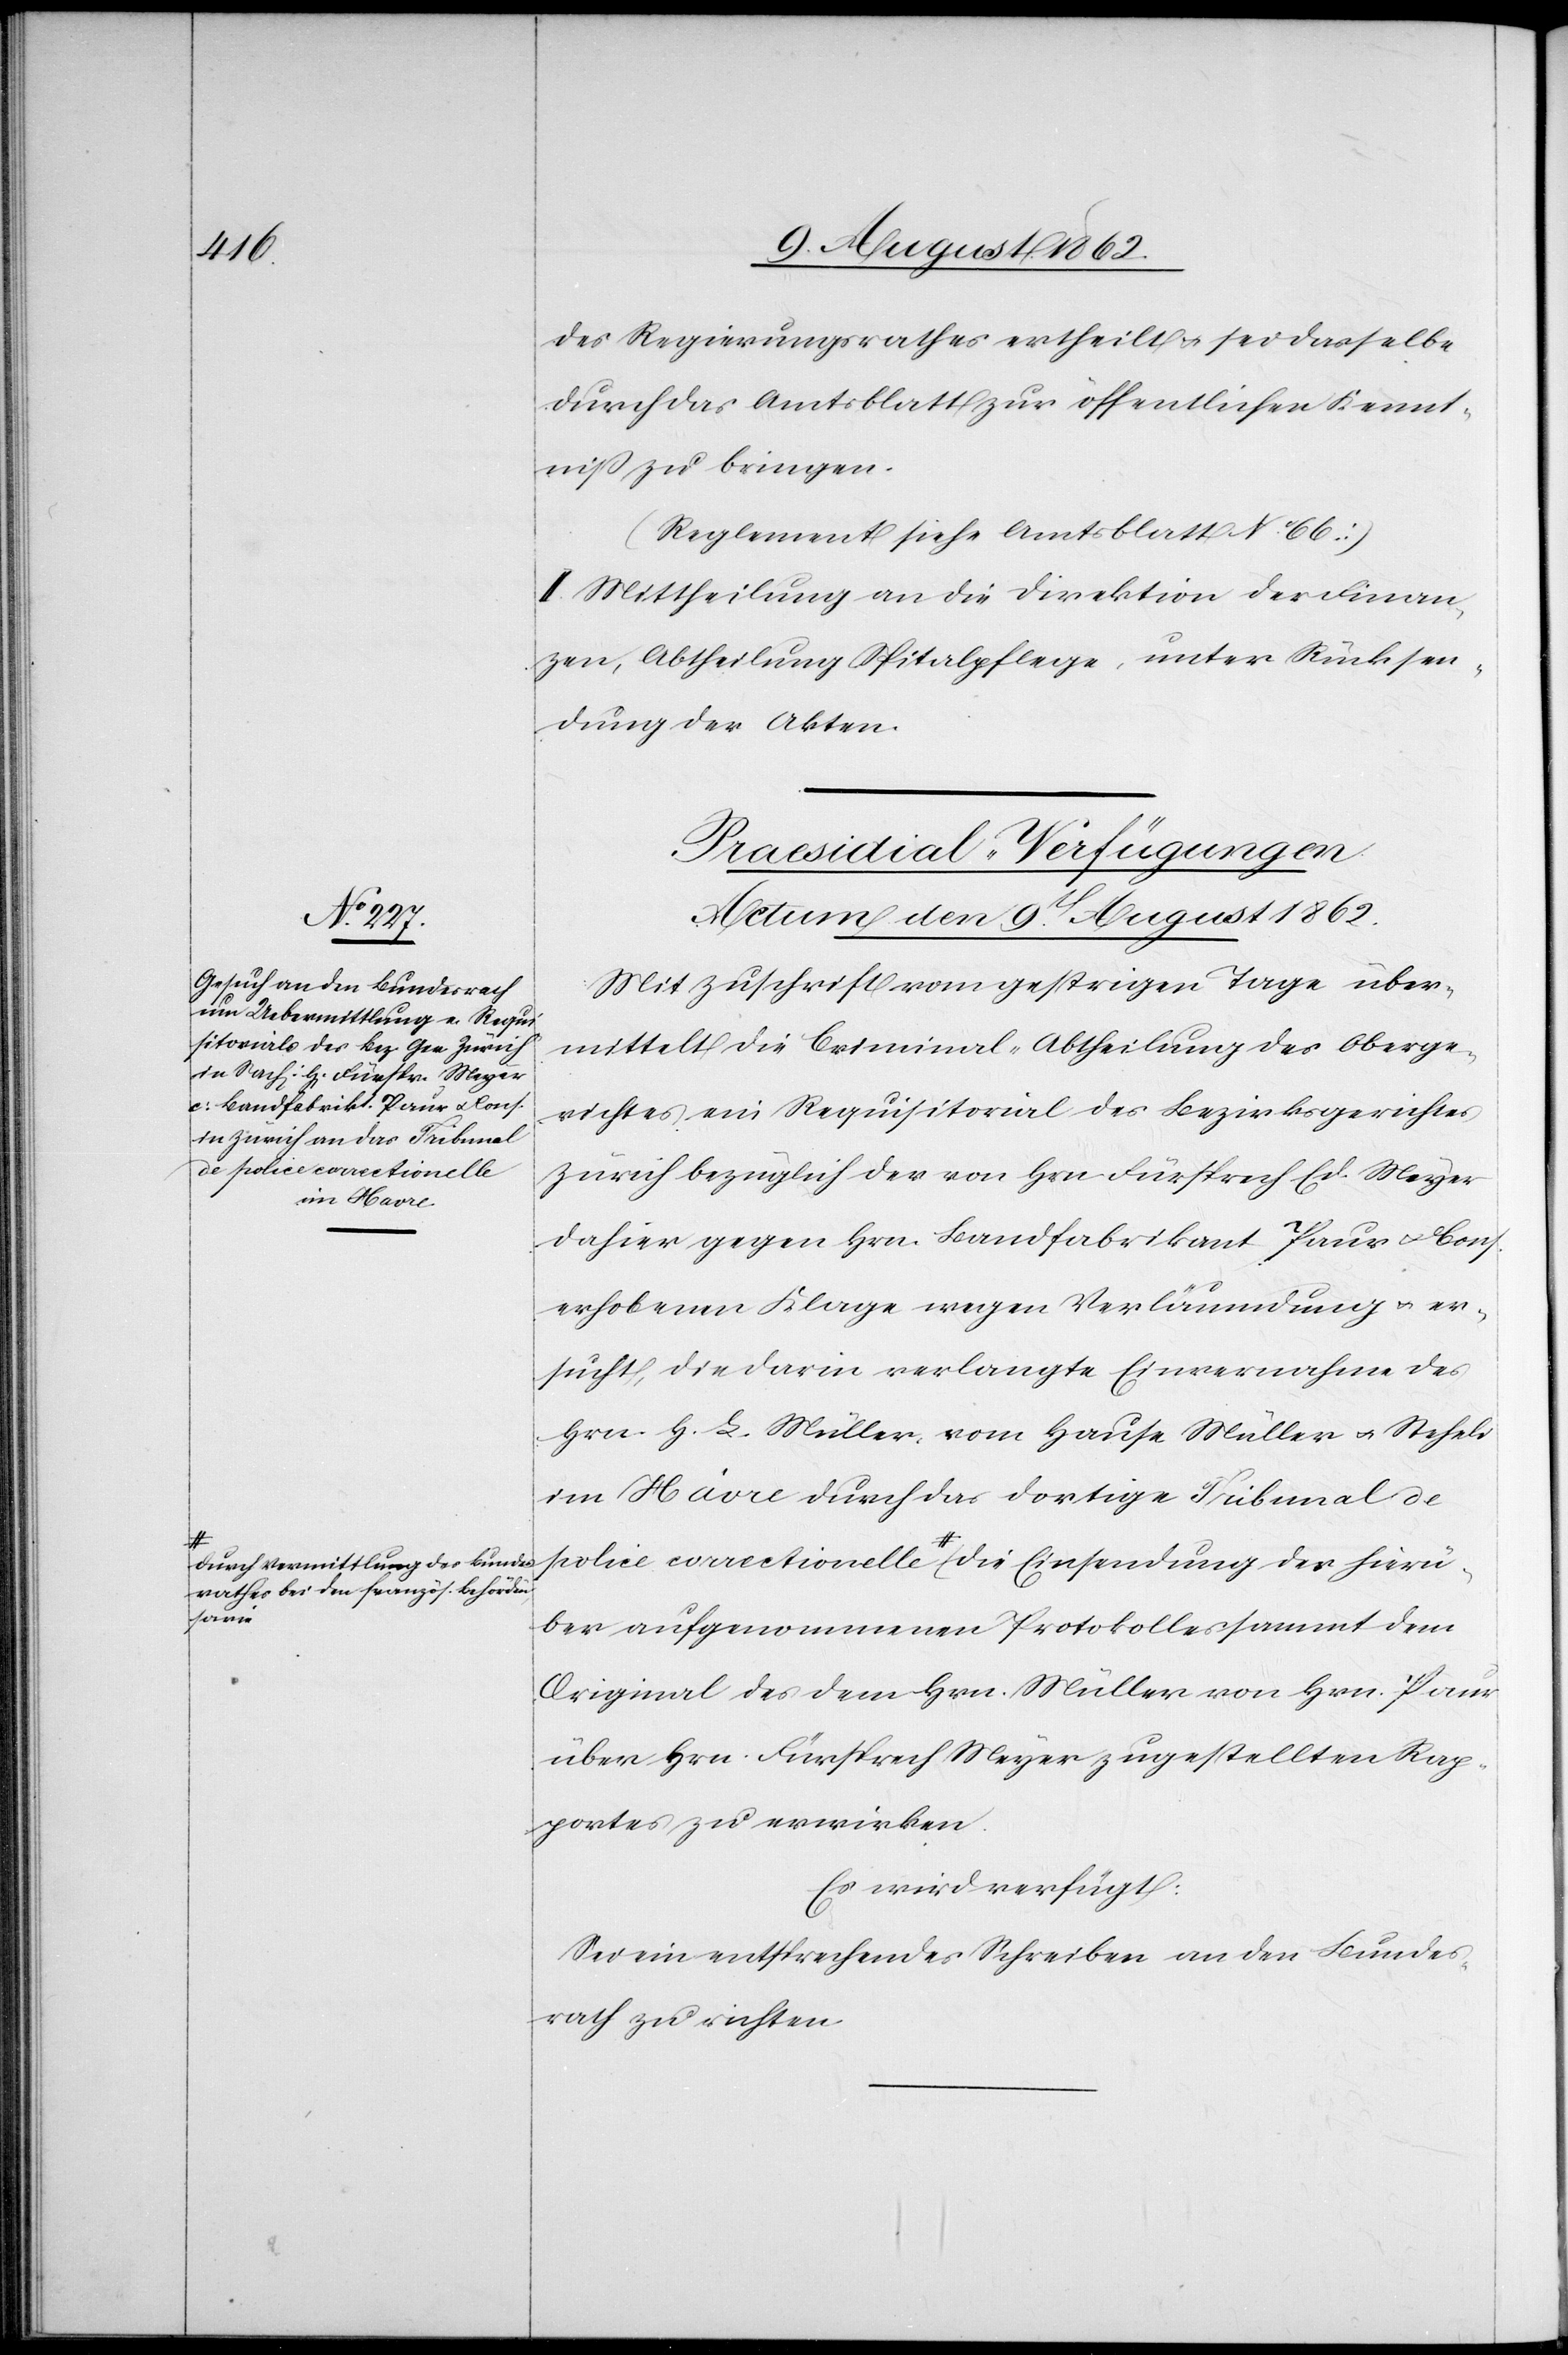
e police correctionelle
a-durch Vermittlung des Bundes¬
rathes bei den französ. Behörden,
hierü¬

9t August 1862.
des Regierungsrathes ertheilt u. sei dasselbe
durch das Amtsblatt zur öffentlichen Kennt¬
niß zu bringen.
(Reglement siehe Amtsblatt No 66.)
II. Mittheilung an die Direktion der Finan¬
zen, Abtheilung Spitalpflege, unter Rücksen¬
dung der Akten.
Praesidial-Verfügungen.
Mit Zuschrift vom gestrigen Tage über¬
mittelt die Criminal-Abtheilung des Oberge¬
richtes ein Requisitorial des Bezirksgerichtes
Zürich bezüglich der von Hrn. Fürsprech Ed. Meyer
dahier gegen Hrn. Bandfabrikant Paur u. Cons.
erhobenen Klage wegen Verläumdung u. er¬
sucht, die darin verlangte Einvernahme des
Hrn. H. L. Müller vom Hause Müller u. Steheli
in Havre durch das dortige Tribunal d¬
ber aufgenommenen Protokolles sammt dem
Original des dem Hrn. Müller von Hrn. Paur
über Hrn. Fürsprech Meyer zugestellten Rap¬
portes zu erwirken.
Es wird verfügt:
Sei ein entsprechendes Schreiben an den Bundes¬
rath zu richten.